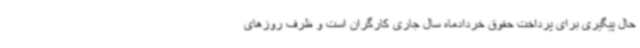
حال پیگیری برای پرداخت حقوق خردادماه سال جاری کارگران است و ظرف روزهای